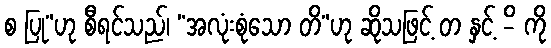
စ ပြု”ဟု စီရင်သည်၊ “အလုံးစုံသော တိ”ဟု ဆိုသဖြင့် တ နှင့် -ိ ကို